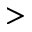
>